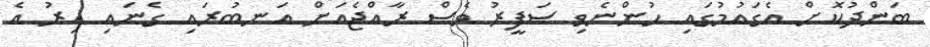
ބަންދުކޮށް އެގައުމުގައި ހުންނެވި ސަފީރު ވެސް ރާއްޖެއަށް އަނބުރައި ގެނައި އިރު އެ